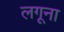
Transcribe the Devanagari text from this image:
लगूना